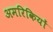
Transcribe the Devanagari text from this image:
अमरिकियों